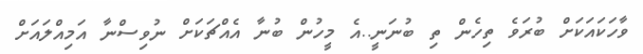
ވާހަކައަކަށް ބުރަވެ ތިހެން ތި ބުނަނީ..އެ މީހުން ބުނާ އެއްޗަކަށް ނުވިސްނާ އަމިއްލައަށް